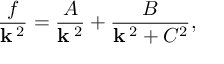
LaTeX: { \frac { f } { { \bf k } ^ { \; 2 } } } = { \frac { A } { { \bf k } ^ { \; 2 } } } + { \frac { B } { { \bf k } ^ { \; 2 } + C ^ { 2 } } } ,